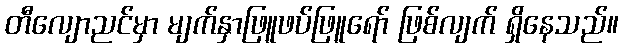
တီလျောညင်မှာ မျက်နှာဖြူဖပ်ဖြူရော် ဖြစ်လျက် ရှိနေသည်။